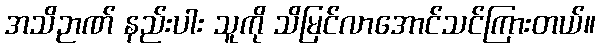
အသိဉာဏ် နည်းပါး သူကို သိမြင်လာအောင်သင်ကြားတယ်။